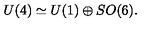
U ( 4 ) \simeq U ( 1 ) \oplus S O ( 6 ) .